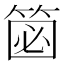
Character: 𥮦